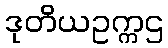
ဒုတိယဥက္ကဌ